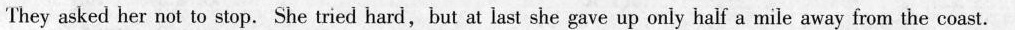
They asked her not to stop.She tried hard,but at last she gave up only half a mile away from the coast.